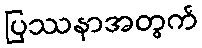
ပြဿနာအတွက်